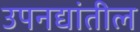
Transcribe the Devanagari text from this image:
उपनद्यांतील